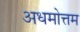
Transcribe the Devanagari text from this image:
अधमोत्तम